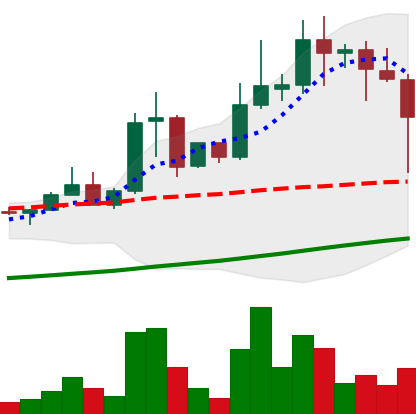
Ticker: XLM-USD
Chart end date: 2021-04-18
Forward return: -17.227%
Label: down_7plus